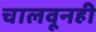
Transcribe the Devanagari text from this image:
चालवूनही